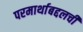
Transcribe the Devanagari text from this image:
परमार्थाबद्दलची